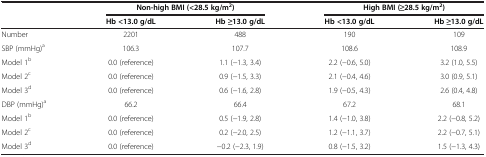
<table><thead><tr><td><b> </b></td><td colspan="2"><b>Non-high BMI (&lt;28.5 kg/m<sup>2</sup>)</b></td><td colspan="2"><b>High BMI (≥28.5 kg/m<sup>2</sup>)</b></td></tr><tr><td><b> </b></td><td><b>Hb &lt;13.0 g/dL</b></td><td><b>Hb ≥13.0 g/dL</b></td><td><b>Hb &lt;13.0 g/dL</b></td><td><b>Hb ≥13.0 g/dL</b></td></tr></thead><tbody><tr><td>Number</td><td>2201</td><td>488</td><td>190</td><td>109</td></tr><tr><td>SBP (mmHg)<sup>a</sup></td><td>106.3</td><td>107.7</td><td>108.6</td><td>108.9</td></tr><tr><td>Model 1<sup>b</sup></td><td>0.0 (reference)</td><td>1.1 (-1.3, 3.4)</td><td>2.2 (-0.6, 5.0)</td><td>3.2 (1.0, 5.5)</td></tr><tr><td>Model 2<sup>c</sup></td><td>0.0 (reference)</td><td>0.9 (-1.5, 3.3)</td><td>2.1 (-0.4, 4.6)</td><td>3.0 (0.9, 5.1)</td></tr><tr><td>Model 3<sup>d</sup></td><td>0.0 (reference)</td><td>0.6 (-1.6, 2.8)</td><td>1.9 (-0.5, 4.3)</td><td>2.6 (0.4, 4.8)</td></tr><tr><td>DBP (mmHg)<sup>a</sup></td><td>66.2</td><td>66.4</td><td>67.2</td><td>68.1</td></tr><tr><td>Model 1<sup>b</sup></td><td>0.0 (reference)</td><td>0.5 (-1.9, 2.8)</td><td>1.4 (-1.0, 3.8)</td><td>2.2 (-0.8, 5.2)</td></tr><tr><td>Model 2<sup>c</sup></td><td>0.0 (reference)</td><td>0.2 (-2.0, 2.5)</td><td>1.2 (-1.1, 3.7)</td><td>2.2 (-0.7, 5.1)</td></tr><tr><td>Model 3<sup>d</sup></td><td>0.0 (reference)</td><td>-0.2 (-2.3, 1.9)</td><td>0.8 (-1.5, 3.2)</td><td>1.5 (-1.3, 4.3)</td></tr></tbody></table>